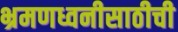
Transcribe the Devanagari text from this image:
भ्रमणध्वनीसाठीची